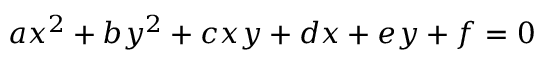
a x ^ { 2 } + b y ^ { 2 } + c x y + d x + e y + f = 0